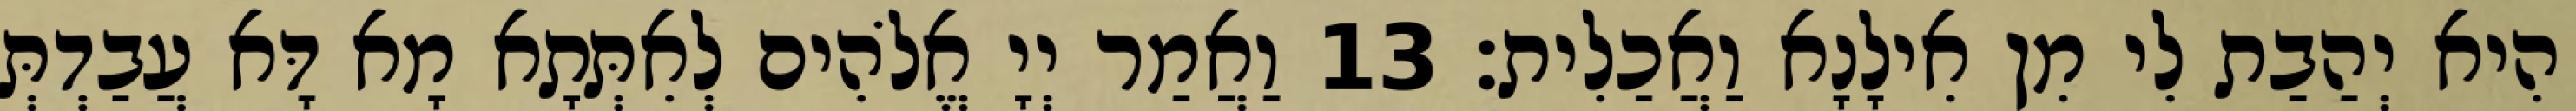
הִיא יְהַבַת לִי מִן אִילָנָא וַאֲכַלִית׃ 13 וַאֲמַר יְיָ אֱלֹהִים לְאִתְּתָא מָא דָּא עֲבַדְתְּ